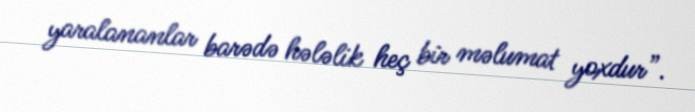
yaralananlar barədə hələlik heç bir məlumat yoxdur”.